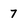
Character: 7